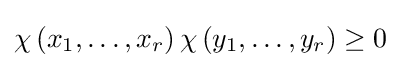
\chi \left(x_{1},\dots ,x_{r}\right)\chi \left(y_{1},\dots ,y_{r}\right)\geq 0